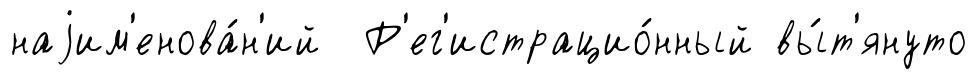
наjим'енова́н'ий Р'ег'истрацио́нный вы́т'януто